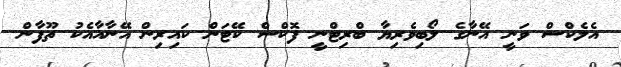
އެލެކްސް ވަނީ އޭނާގެ ލޯބިވެރިޔާ ބްރިޓްނީ ފޮކްސް ކޭޓަން ކައިރިން އޭނާއާއެކު ތޫފާން